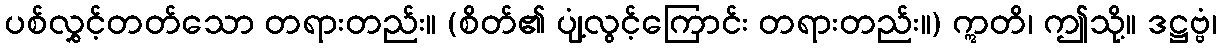
ပစ်လွှင့်တတ်သော တရားတည်း။ (စိတ်၏ ပျံ့လွင့်ကြောင်း တရားတည်း။) ဣတိ၊ ဤသို့။ ဒဋ္ဌဗ္ဗံ၊